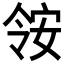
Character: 𫣃